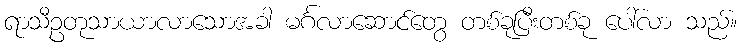
ရာသီဥတုသာယာလာသောအခါ မင်္ဂလာဆောင်တွေ တစ်ခုပြီးတစ်ခု ပေါ်လာ သည်။